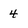
Character: 4